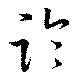
論